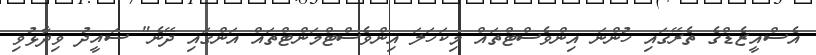
އެސްއީޒެޑްގެ ތެރޭގައި ހުންނަ އިންވެސްޓްތައް މިކަހަލަ އިންވެސްޓްމަންޓްތައް އަންގައި ދޭނެ" ސައީދު ވިދާޅުވި